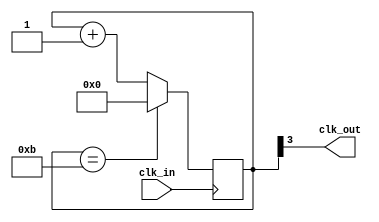
//-----------------------------------------------------------------------------
//-- Divisor de frecuencia entre M
//-- (c) BQ. August 2015. written by Juan Gonzalez (obijuan)
//-----------------------------------------------------------------------------
//-- GPL license
//-----------------------------------------------------------------------------

//-- Entrada: clk_in. Seal original
//-- Salida: clk_out. Seal de frecuencia 1/M de la original
module divM(input wire clk_in, output wire clk_out);

//-- Valor por defecto del divisor
//-- Como en la iCEstick el reloj es de 12MHz, ponermos un valor de 12M
//-- para obtener una frecuencia de salida de 1Hz
parameter M = 12;

//-- Numero de bits para almacenar el divisor
//-- Se calculan con la funcion de verilog $clog2, que nos devuelve el
//-- numero de bits necesarios para representar el numero M
//-- Es un parametro local, que no se puede modificar al instanciar
localparam N = $clog2(M);

//-- Registro para implementar el contador modulo M
reg [N-1:0] divcounter = 0;

//-- Contador mdulo M
always @(posedge clk_in)
  if (divcounter == M - 1)
    divcounter <= 0;
  else
    divcounter <= divcounter + 1;

//-- Sacar el bit mas significativo por clk_out
assign clk_out = divcounter[N-1];

endmodule